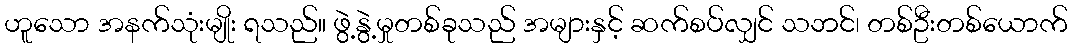
ဟူသော အနက်သုံးမျိုး ရသည်။ ဖွဲ့နွဲ့မှုတစ်ခုသည် အများနှင့် ဆက်စပ်လျှင် သဘင်၊ တစ်ဦးတစ်ယောက်